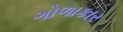
ગોળાકાર